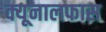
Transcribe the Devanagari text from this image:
क्यूनालफास